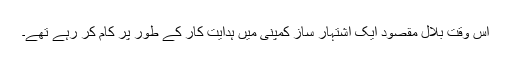
اس وقت بلال مقصود ایک اشتہار ساز کمپنی میں ہدایت کار کے طور پر کام کر رہے تھے۔